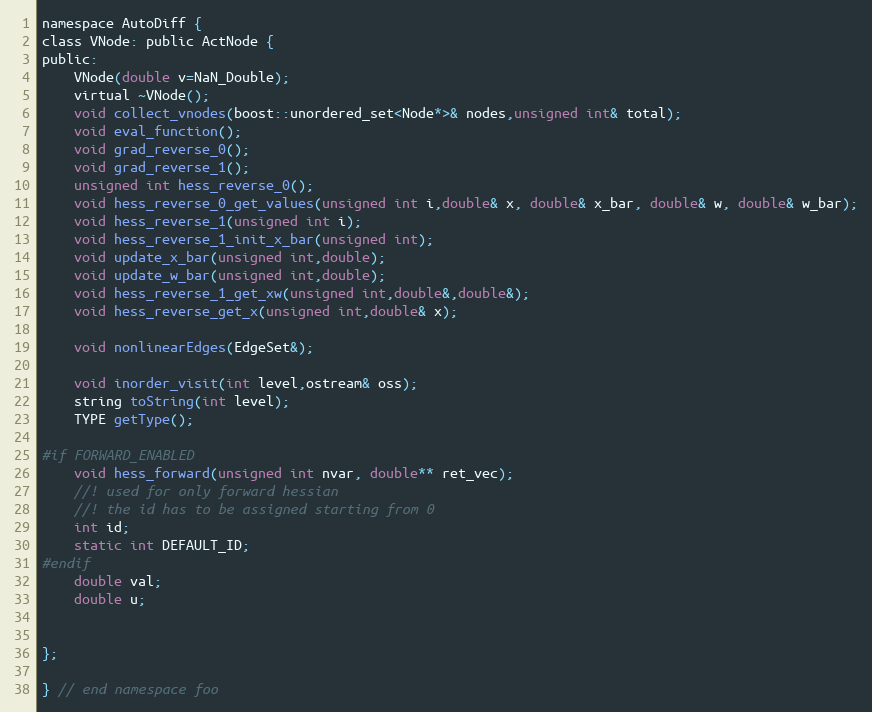
Language: C
namespace AutoDiff {
class VNode: public ActNode {
public:
	VNode(double v=NaN_Double);
	virtual ~VNode();
	void collect_vnodes(boost::unordered_set<Node*>& nodes,unsigned int& total);
	void eval_function();
	void grad_reverse_0();
	void grad_reverse_1();
	unsigned int hess_reverse_0();
	void hess_reverse_0_get_values(unsigned int i,double& x, double& x_bar, double& w, double& w_bar);
	void hess_reverse_1(unsigned int i);
	void hess_reverse_1_init_x_bar(unsigned int);
	void update_x_bar(unsigned int,double);
	void update_w_bar(unsigned int,double);
	void hess_reverse_1_get_xw(unsigned int,double&,double&);
	void hess_reverse_get_x(unsigned int,double& x);

	void nonlinearEdges(EdgeSet&);

	void inorder_visit(int level,ostream& oss);
	string toString(int level);
	TYPE getType();

#if FORWARD_ENABLED
	void hess_forward(unsigned int nvar, double** ret_vec);
	//! used for only forward hessian
	//! the id has to be assigned starting from 0
	int id;
	static int DEFAULT_ID;
#endif
	double val;
	double u;

};

} // end namespace foo